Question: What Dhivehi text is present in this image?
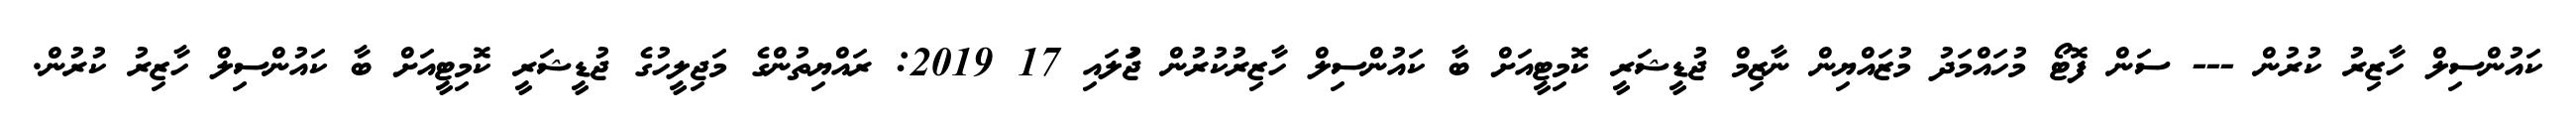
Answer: ކައުންސިލް ހާޒިރު ކުރުން --- ސަން ފޮޓޯ މުހައްމަދު މުޒައްޔިން ނާޒިމް ޖުޑީޝަރީ ކޮމިޓީއަށް ބާ ކައުންސިލް ހާޒިރުކުރުން ޖުަލައި 17 2019: ރައްޔިތުންގެ މަޖިލީހުގެ ޖުޑީޝަރީ ކޮމިޓީއަށް ބާ ކައުންސިލް ހާޒިރު ކުރުން.